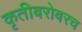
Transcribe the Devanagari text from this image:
कृतीबरोबरच